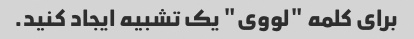
برای کلمه "لووی" یک تشبیه ایجاد کنید.